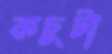
কচুটা